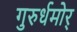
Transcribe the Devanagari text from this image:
गुरुर्धमोर्